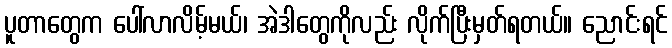
ပူတာတွေက ပေါ်လာလိမ့်မယ်၊ အဲဒါတွေကိုလည်း လိုက်ပြီးမှတ်ရတယ်။ ညောင်းရင်